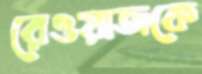
রেওয়াজকে